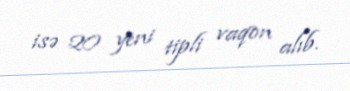
isə 20 yeni tipli vaqon alıb.